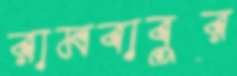
রামবাবুর